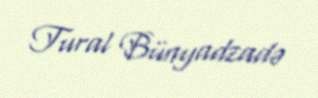
Tural Bünyadzadə